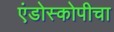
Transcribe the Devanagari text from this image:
एंडोस्कोपीचा